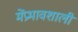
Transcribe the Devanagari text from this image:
मेंप्रभावशाली